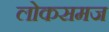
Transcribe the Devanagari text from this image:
लोकसमज